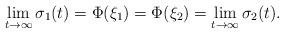
LaTeX: \begin{align*} \lim_{t \rightarrow \infty} \sigma_1(t) = \Phi(\xi_1) = \Phi(\xi_2)= \lim_{t \rightarrow \infty} \sigma_2(t). \end{align*}